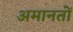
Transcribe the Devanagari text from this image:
अमानतों